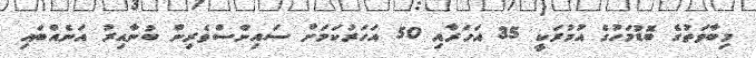
މިބާވަތުގެ ބޮޑުމަހުގެ އުމުރަކީ 35 އަހަރާއި 50 އަހަރުކަމަށް ސައިންސްވެރިން ބުނާއިރު އަނެއްބައި